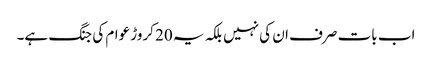
اب بات صرف ان کی نہیں بلکہ یہ 20 کروڑ عوام کی جنگ ہے۔